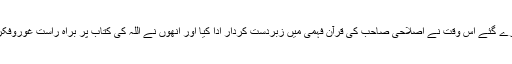
فراہی صاحب کے ساتھ گزارے گئے اس وقت نے اصلاحی صاحب کی قرآن فہمی میں زبردست کردار ادا کیا اور انھوں نے اللہ کی کتاب پر براہ راست غوروفکر کرنے کے اصول سیکھے۔